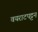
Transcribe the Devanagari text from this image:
वयराटपट्टन